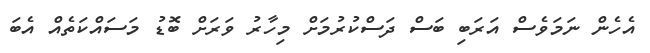
އެހެން ނަމަވެސް އަރަބި ބަސް ދަސްކުރުމަށް މިހާރު ވަރަށް ބޮޑު މަސައްކަތެއް އެބަ